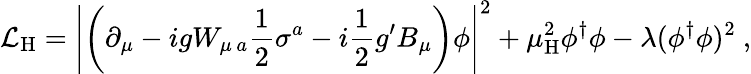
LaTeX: {\mathcal{L}}_{\mathrm{H}}=\left|\left(\partial_{\mu}-igW_{\mu\, a}{\frac{1}{2}}\sigma^{a}-i{\frac{1}{2}}g^{\prime}B_{\mu}\right)\phi\right|^{2}+\mu_{\mathrm{H}}^{2}\phi^{\dagger}\phi-\lambda(\phi^{\dagger}\phi)^{2}\ ,